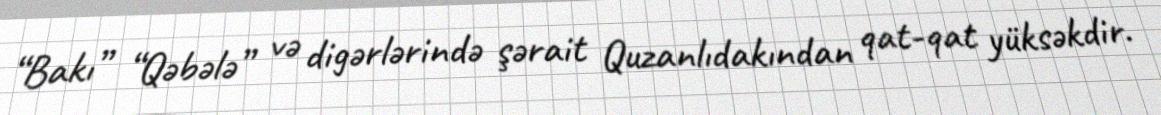
“Bakı” “Qəbələ” və digərlərində şərait Quzanlıdakından qat-qat yüksəkdir.